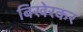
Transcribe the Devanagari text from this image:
बिखेरकर